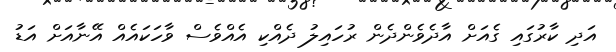
އަދި ކާރުގައި ގެއަށް އާދެވެންދެން ރުހައިލު ދެއްކި އެއްވެސް ވާހަކައެއް އޭނާއަށް އަޑު